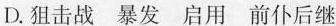
D.狙击战 暴发 启用 前仆后继